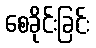
စေခိုင်းခြင်း